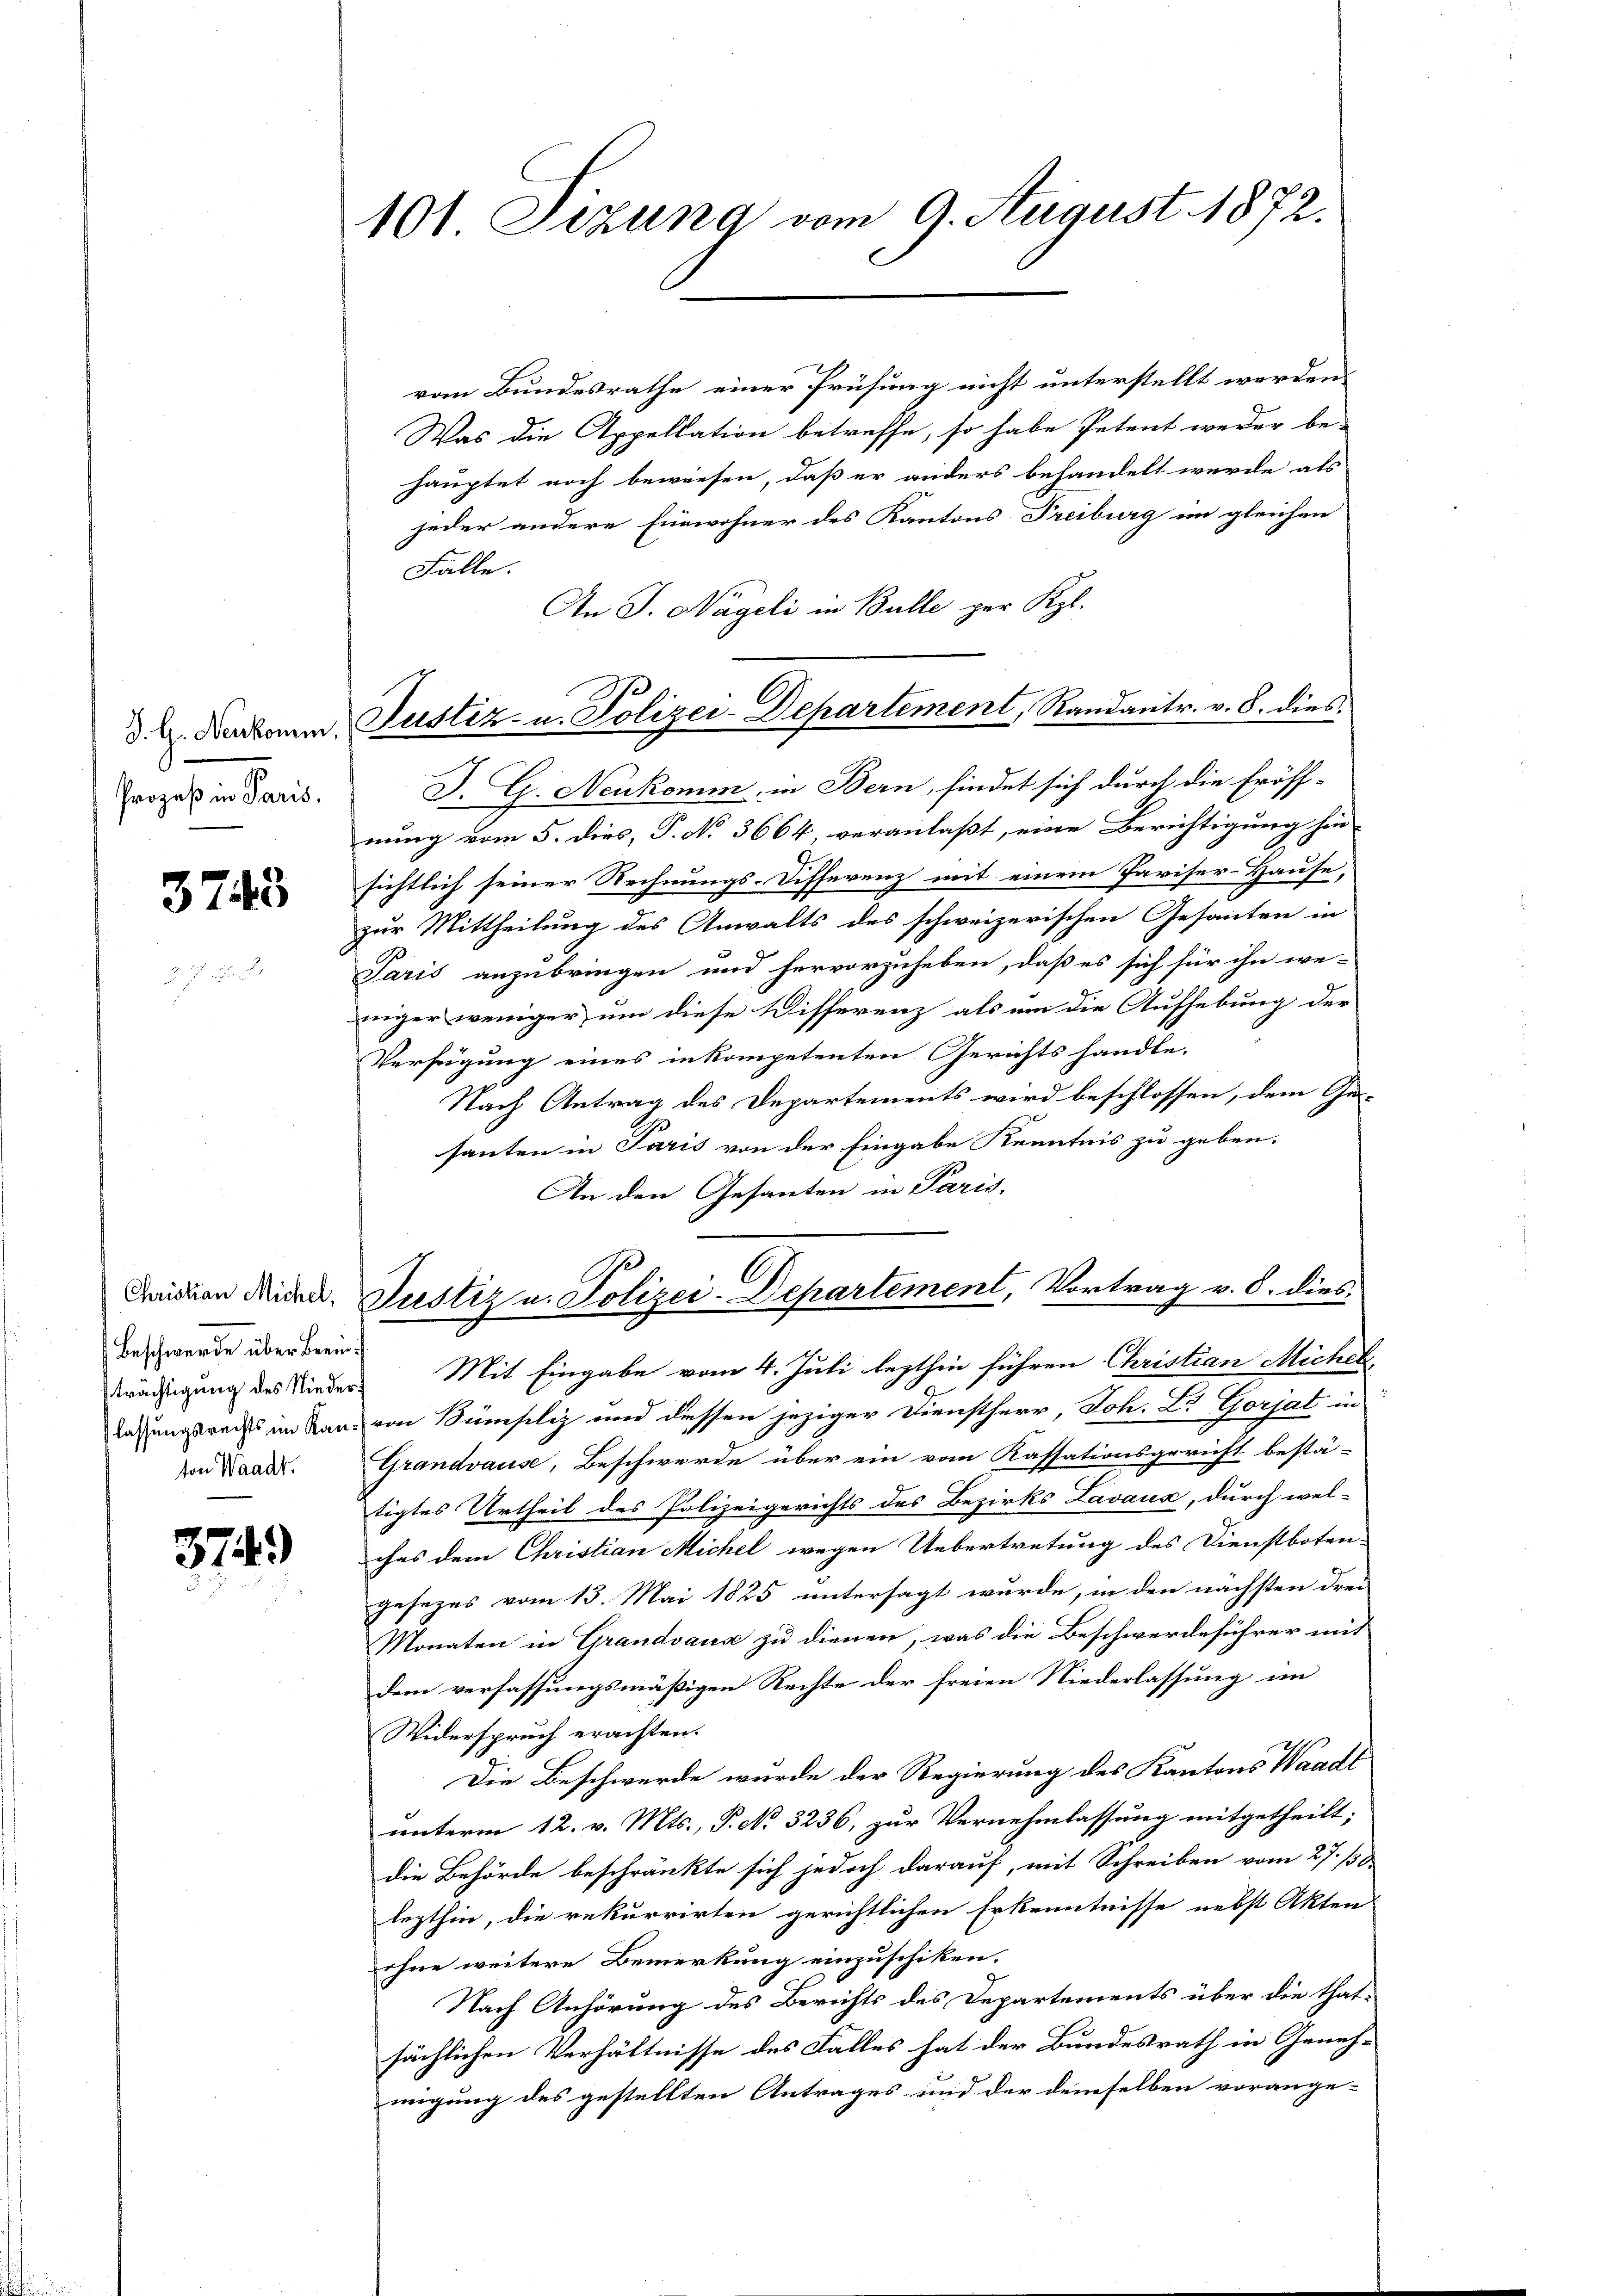
Prozeß in Paris.

3743

Beschwerde über kein
Strächtigung des Niederton Waadt.

374)

101 Sizung vom 9. August 1872.

vom Bundesrathe einer Prüfung nicht unterstellt werden.
Was die Appellation betreffe, so habe Petent weder be-
hauptet noch bewiesen, daß er anders behandelt werde als
jeder andere Einwohner des Kantons Freiburg im gleichen
Fälle.
An J. Nägeli in Bulle ger Kgl.
J. G. Neukomm, in Bern, findet sich durch die Eröff-
nung vom 5. dies, P. No 3664, veranlaßt, eine Berichtigung hin-
sichtlich seiner Rechnungs-Differenz mit einem Pariser-Hause,
zur Mittheilung des Anwalts des schweizerischen Gesanten in
Paris anzubringen und hervorzuheben, daß es sich für ihn we-
niger weniger um diese Disserenz als um die Aufhebung der
Verfügung eines inkompetenten Gerichts handle.
Nach Antrag des Departements wird beschlossen, dem Ge
santen in Paris von der Eingabe Kenntnis zu geben.
An den Gesanten in Paris,
Danien diesen. Justiz u. Polizei-Departement, Vortrag v. 8. dies-
Mit Eingabe vom 4. Juli lezthin führen Christian Michel
lassungsrechts im San von Sümsiliz und dessen jeziger Dienstherr, Joh. L. Gorjat in
Grandvause, Beschwerde über ein vom Kassationsgericht bestä-
tigtes Urtheil des Polizeigerichts des Bezirks Lavaux, durch wel-
ches dem Christian Michel wegen Uebertretung des Dienstboten-
gesezes vom 13. Mai 1825 untersagt wurde, in den nächsten drei
Monaten in Grandvaus zu dienen, was die Beschwerdeführer mit
dem verfassungsmäßigen Rechte der freien Niederlassung im
Widerspruch erachten.
Die Beschwerde wurde der Regierung des Kantons Waadt
unterm 12. v. Mts., P. No. 3236, zur Vernehmlassung mitgetheilt;
die Behörde beschränkte sich jedoch darauf, mit Schreiben vom 27. 130.
lezthin, die rekurrirten gerichtlichen Erkenntnisse nebst Akten
ohne weitere Bemerkung einzuschiken.
Nach Anhörung des Berichts des Departements über die that-
sächlichen Verhältnisse des Falles hat der Bundesrath in Geneh-
migung des gestellten Antrages und der demselben vorange-

d. H. Darbon, Pustiz- u. Polizei-Departement, Randantr. v. 8. dies